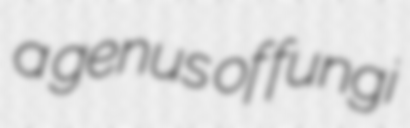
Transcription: a genus of fungi